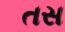
તસ